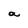
Character: a